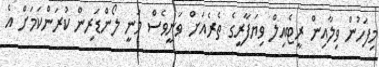
މިފަހުން ވިލާއިން ރީޓެއިލް ވިޔަފާރީގެ ތެރެއަށް ވަނީވެސް މަނީ ލޯންޑަރިން ކުރަންކަމަށް އެ